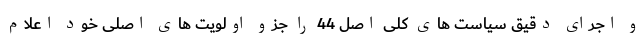
و اجرای دقیق سیاست های کلی اصل 44 را جزو اولویت های اصلی خود اعلام